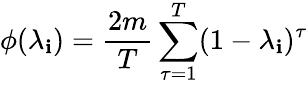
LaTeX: \phi(\lambda_{\mathbf{i}})=\frac{{2m}}{{T}}\sum_{\tau=1}^{T}(1-\lambda_{\mathbf{i}})^{\tau}